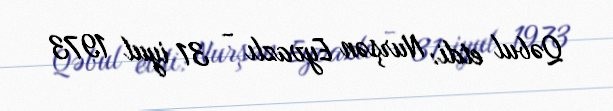
Qəbul etdi: Nurşən Eyvazlı - 31 iyul 1973